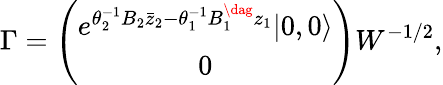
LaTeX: \Gamma=\left(\begin{array}{c}{{e^{\theta_{2}^{-1}B_{2}\bar{z}_{2}-\theta_{1}^{-1}B_{1}^{\dag}z_{1}}|0,0\rangle}}\\ {{0}}\end{array}\right)W^{-1/2},